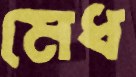
মেধ